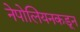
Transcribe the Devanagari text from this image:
नेपोलियनकडून